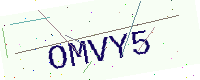
Text: OMVY5